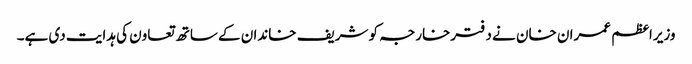
وزیراعظم عمران خان نے دفترخارجہ کو شریف خاندان کے ساتھ تعاون کی ہدایت دی ہے۔